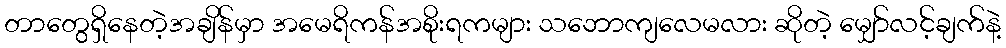
တာတွေရှိနေတဲ့အချိန်မှာ အမေရိကန်အစိုးရကများ သဘောကျလေမလား ဆိုတဲ့ မျှော်လင့်ချက်နဲ့